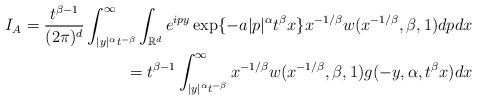
LaTeX: \begin{align*}I_{A}=\frac{t^{\beta - 1}}{(2\pi)^{d}}\int_{|y|^{\alpha}t^{-\beta}}^{\infty}\int_{\mathbb{R}^{d}}e^{ipy}\exp\{-a|p|^{\alpha}t^{\beta}x\}x^{-1/\beta}w(x^{-1/\beta}, \beta, 1)dp dx \\=t^{\beta - 1}\int_{|y|^{\alpha}t^{-\beta}}^{\infty}x^{-1/\beta}w(x^{-1/\beta}, \beta, 1)g(-y, \alpha, t^{\beta}x)dx\end{align*}